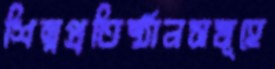
শিল্পপ্রতিষ্ঠানসমূহে